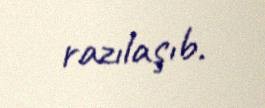
razılaşıb.